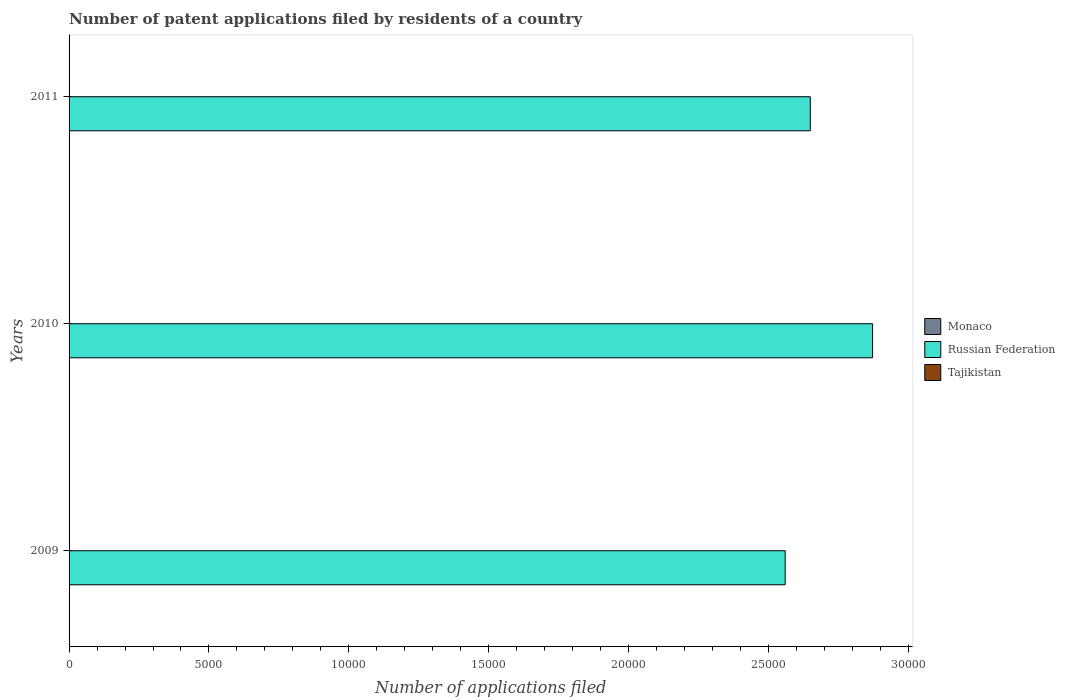
| Years | Monaco | Russian Federation | Tajikistan |
 | --- | --- | --- | --- |
 | 2009 | 3 | 2.56e+04 | 11 |
 | 2010 | 6 | 2.87e+04 | 7 |
 | 2011 | 6 | 2.65e+04 | 4 |